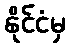
နိုင်ငံမှ